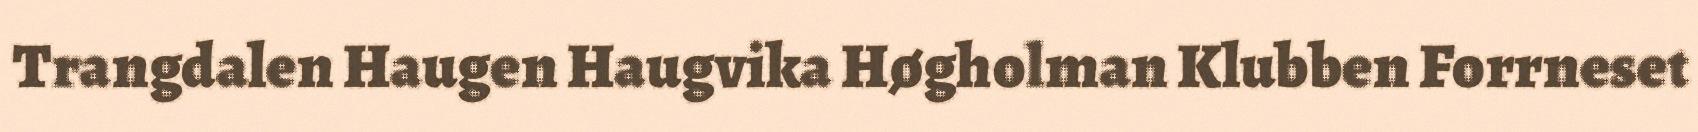
Trangdalen Haugen Haugvika Høgholman Klubben Forrneset